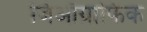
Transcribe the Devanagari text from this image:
जिऑग्राफिक